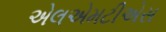
એલએમટીએસ